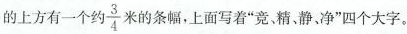
的上方有一个约\frac{3}{4}米的条幅，上面写着”竞、精、静、净”四个大字。